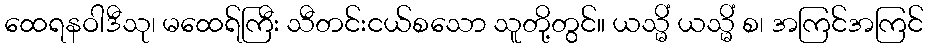
ထေရနဝါဒီသု၊ မထေရ်ကြီး သီတင်းငယ်စသော သူတို့တွင်။ ယသ္မိံ ယသ္မိံ စ၊ အကြင်အကြင်